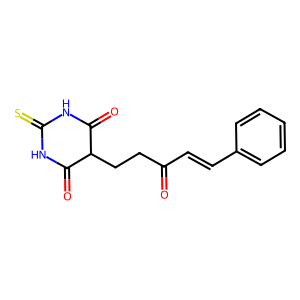
SMILES: O=C(C=Cc1ccccc1)CCC1C(=O)NC(=S)NC1=O
Inhibits HIV replication: No